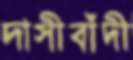
দাসীবাঁদী